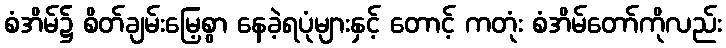
စံအိမ်၌ စိတ်ချမ်းမြေ့စွာ နေခဲ့ရပုံများနှင့် တောင့် ကတုံး စံအိမ်တော်ကိုလည်း